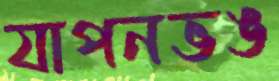
যাপনভঙ